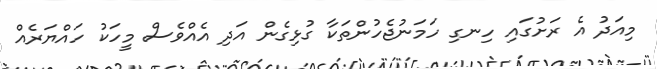
މިއަދު އެ ރަށުގައި ހިނގި ހަމަނުޖެހުންތަކާ ގުޅިގެން އަދި އެއްވެސް މީހަކު ހައްޔަރެއް